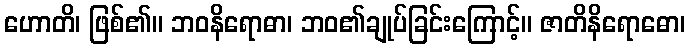
ဟောတိ၊ ဖြစ်၏။ ဘဝနိရောဓာ၊ ဘဝ၏ချုပ်ခြင်းကြောင့်။ ဇာတိနိရောဓော၊